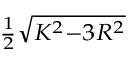
\scriptstyle { \frac { 1 } { 2 } } { \sqrt { K ^ { 2 } - 3 R ^ { 2 } } }